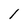
Character: 1